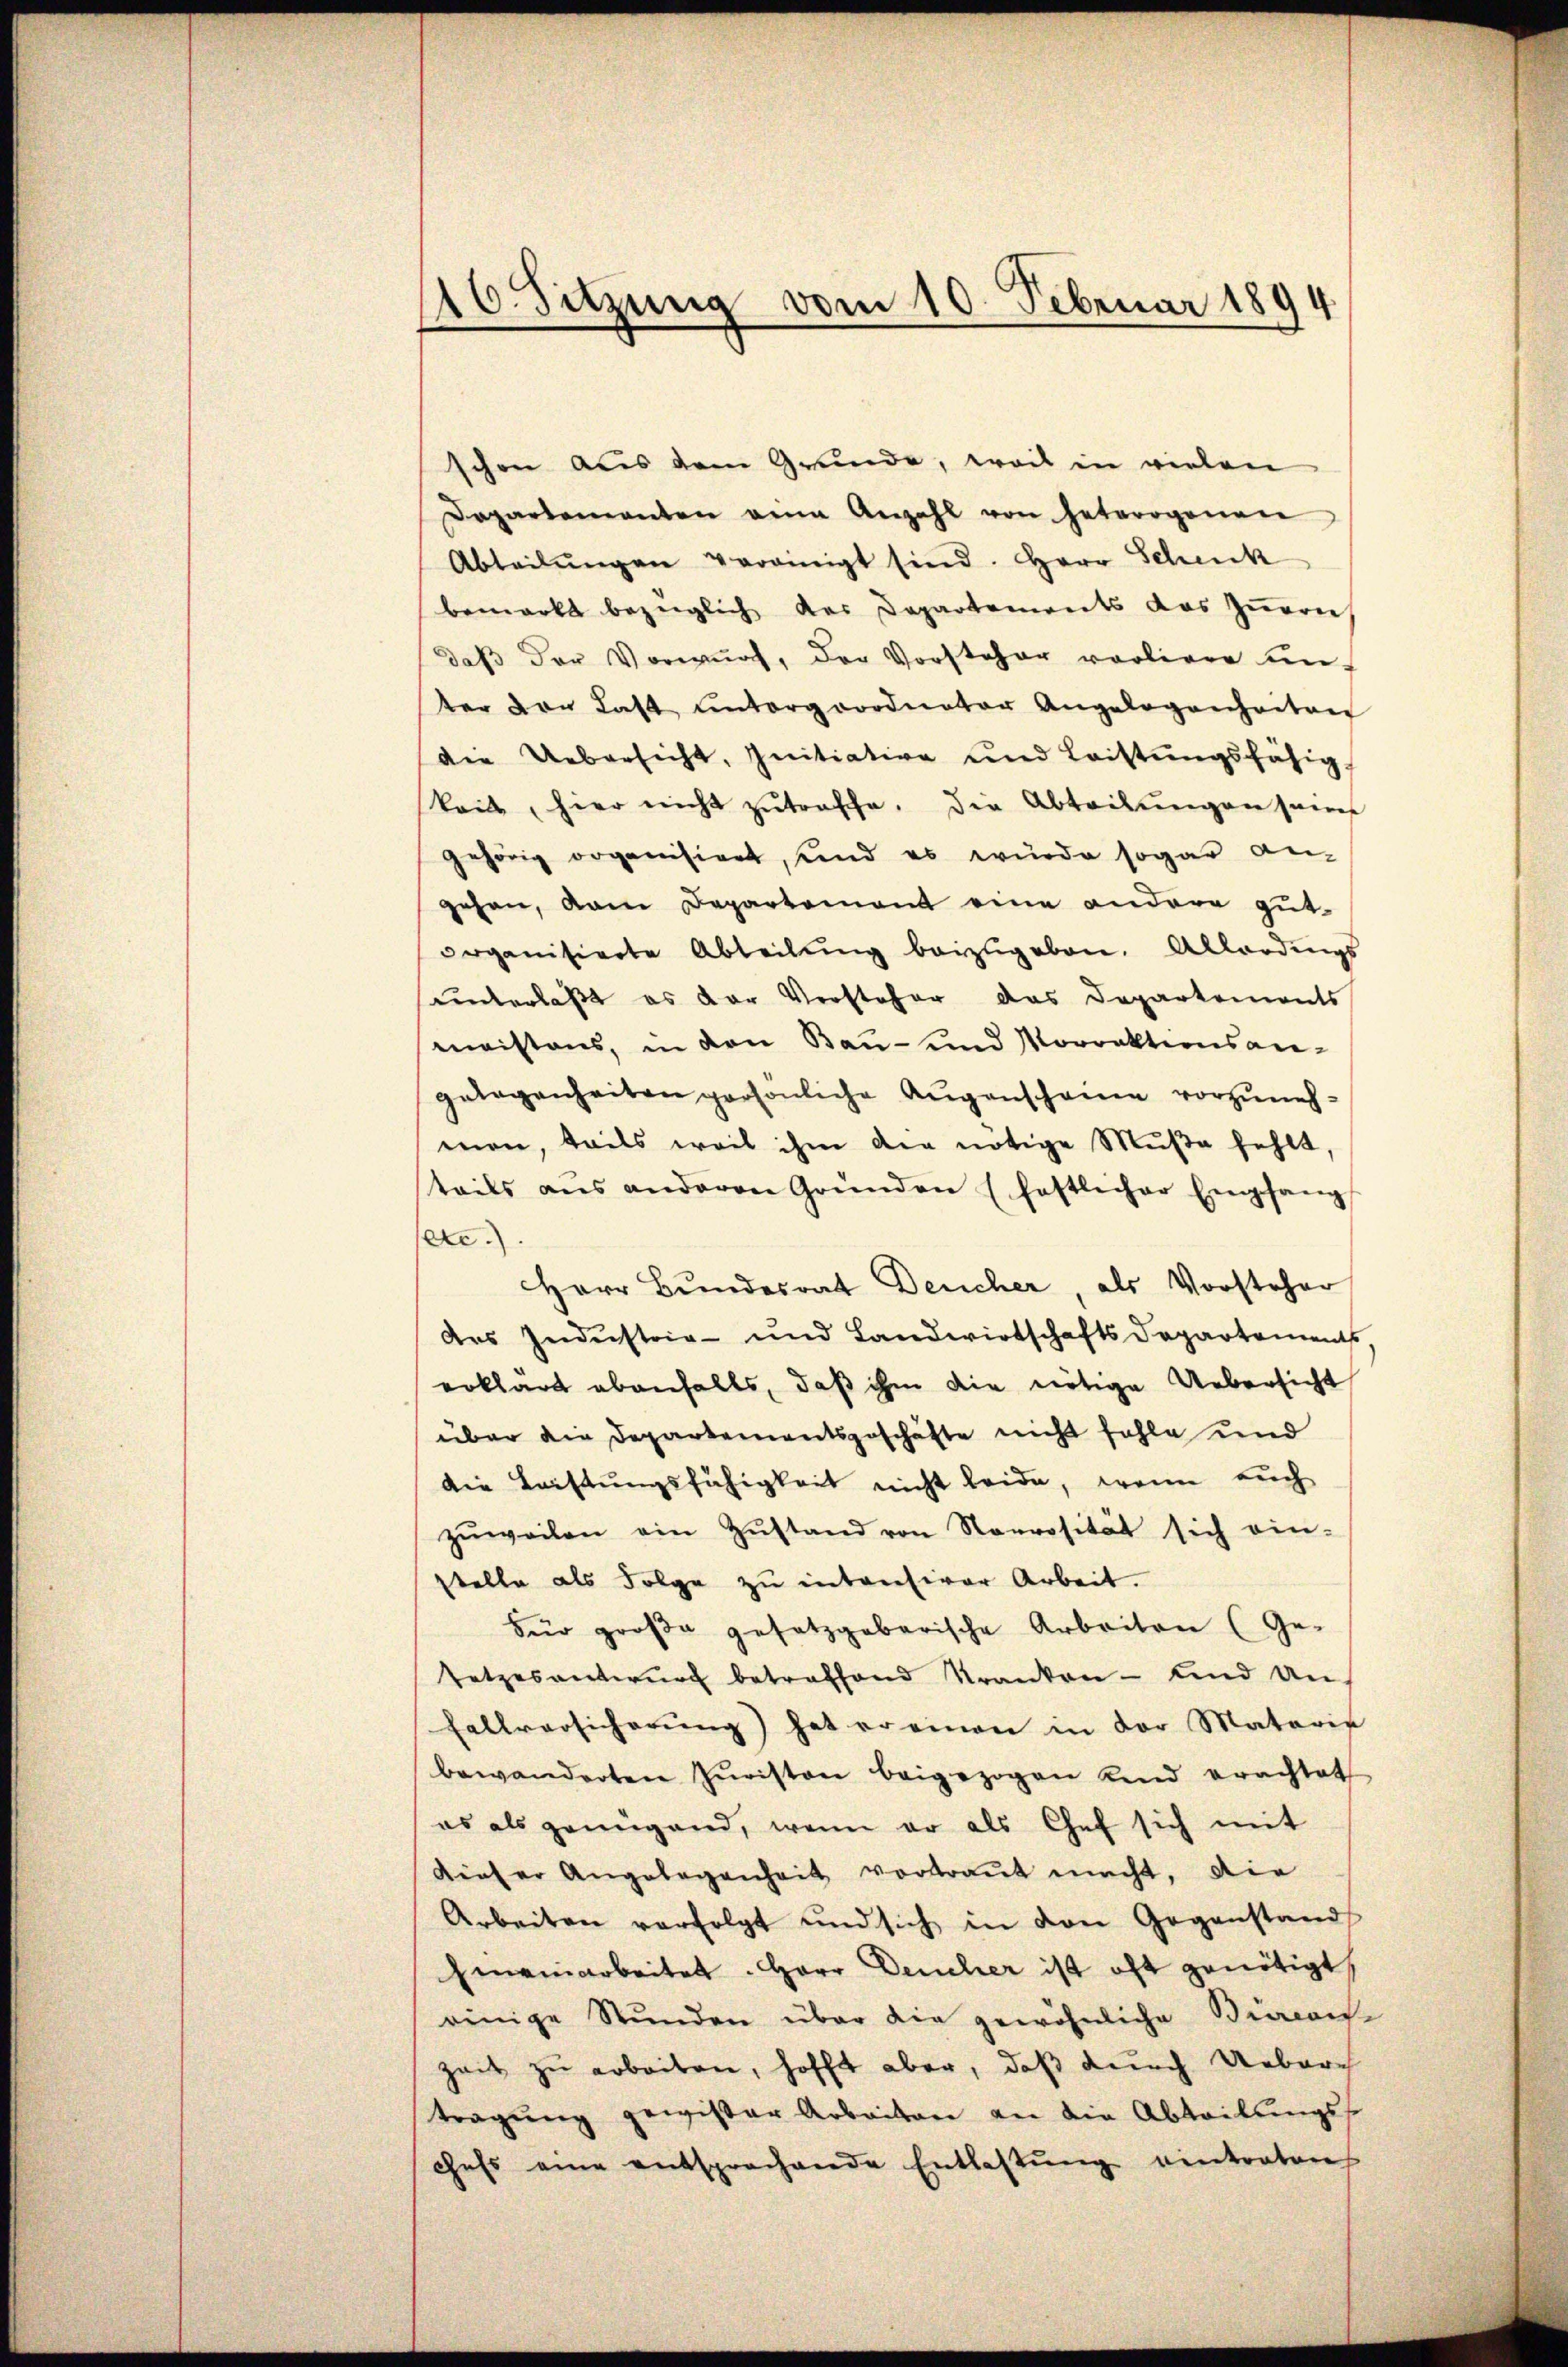
116. Sitzung vom 10. Februar 1894

schon aus dem Grunde, weil in vielen
Dapartementen an Anzahl von heterogenen
Abteilŭngen vereinigt sind. Herr Schenk
bemarkt bezüglich der Departements das zŭerei
daß der Vorwurf, der Vorsteher vorliere unter von Last untergeordneter Angelegenheiten
die Uebersicht, Initiative und Leistŭngsfähig,
kait, hier nicht zŭtroffe, die Abteilŭngen seine
gehörig organisiert, und es wurde sogar an-
gehen, dan Departement eine andere gutorganisierte Abteilŭng beizŭgeben. Allerdings
sunterläßt es der Versteher das Departements
meistens, in den Bau- und Morrektionsangelegenheiten persönliche Augenschauen vorzunehmen, teils weil ihm die nötige Mŭβe fehlt,
teils ans anderen Gründen (festlicher Empfang
ete.
Herr Bundesrat Deucher, als Vorsteher
des Industrie- und Landwirtschafts Departements
erklärt ebenfalls, daß ihm die nötige Uebersicht
über die Departementsgeschäfte nicht fehle und
die Leistungsfähigkeit nicht beide, wenn auch
zŭweilen ein Zŭstand von Rorrosität sich ein-
stelle als Folge zu intensiver Arbeit.
Für große gesetzgebarische Arbeiten (Ge-
setzesentwŭrf betreffend kranken- und an-
Fallversicherŭng hat er einen in der Materie
bewanderten Zŭristen beigezogen Kind erachtet
es als genügend, wenn er als Chef sich mit
dieser Angelegenheit vortraŭt macht, die
Arbeiten verfolgt und sich in den Gegenstand
Emeinarbeitet. Herr Deucher ist oft genötigt,
einige Stŭnden über die gewöhnliche Bieraus
Zeit zu arbeiten, hofft aber, daß durch Uebere
tragŭng gewisser Arbeiten an die Abteilŭngss
chefs eine entsprochende Entlastŭng eintraten